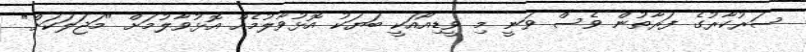
ސަރުކާރުގެ ފަރާތުން ވެސް ވަނީ މި ވީޑިއޯއަކީ ބަޔަކު އޮޅުވާލުމެއް އޮޅުވާލުމަށް "މަޖަލަކަށް"